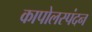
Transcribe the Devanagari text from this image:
कापोलस्पंदन